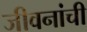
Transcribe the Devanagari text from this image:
जीवनांची